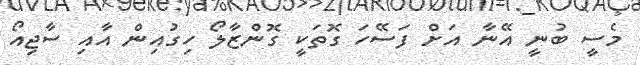
މެސީ ބުނީ އޭނާ އަށް ފަސޭހަ ގޮތަކީ ގޮންޒާލޯ ހިގުއިން އާއި ސާޖިއޯ